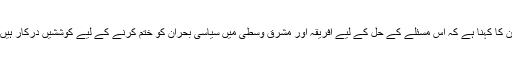
ان کا کہنا ہے کہ اس مسئلے کے حل کے لیے افریقہ اور مشرق وسطیٰ میں سیاسی بحران کو ختم کرنے کے لیے کوششیں درکار ہیں۔